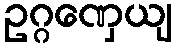
ဥဂ္ဂဏှေယျ